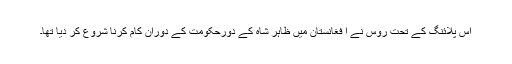
اس پلائنگ کے تحت روس نے ا فغانستان میں ظاہر شاہ کے دورحکومت کے دوران کام کرنا شروع کر دیا تھا۔